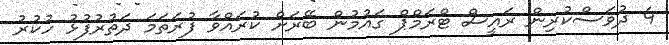
4 ދުވަަސްކުރިން ރައީސް ޓްރަމްޕް ގައުމުން ބޭރަށް ކުރައްވާ ފުރަތަމަ ދަތުރުފުޅު ހުކުރު